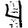
Digit: 4